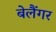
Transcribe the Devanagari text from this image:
बेलैंगर